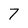
Character: 7